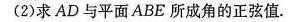
(2)求 AD 与平面 ABE 所成角的正弦值。图?